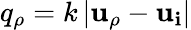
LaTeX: q_{\rho}=k\left|\mathbf{u_{\rho}}-\mathbf{u_{i}}\right|